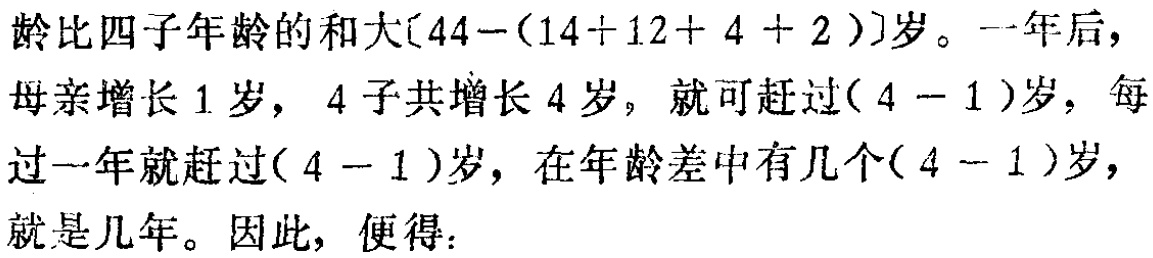
龄比四子年龄的和大\([44-(14 + 12 + 4 + 2)]\)岁。一年后，母亲增长1岁，4子共增长4岁，就可赶过\((4 - 1)\)岁，每过一年就赶过\((4 - 1)\)岁，在年龄差中有几个\((4 - 1)\)岁，就是几年。因此，便得：